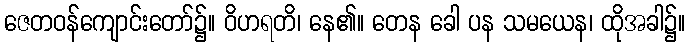
ဇေတဝန်ကျောင်းတော်၌။ ဝိဟရတိ၊ နေ၏။ တေန ခေါ ပန သမယေန၊ ထိုအခါ၌။